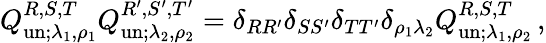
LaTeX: Q_{\mathrm{un};\lambda_{1},\rho_{1}}^{R,S,T}Q_{\mathrm{un};\lambda_{2},\rho_{2}}^{R^{\prime},S^{\prime},T^{\prime}}=\delta_{RR^{\prime}}\delta_{SS^{\prime}}\delta_{TT^{\prime}}\delta_{\rho_{1}\lambda_{2}}Q_{\mathrm{un};\lambda_{1},\rho_{2}}^{R,S,T}\, ,